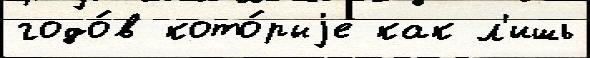
годо́в кото́рыjе как л'ишь